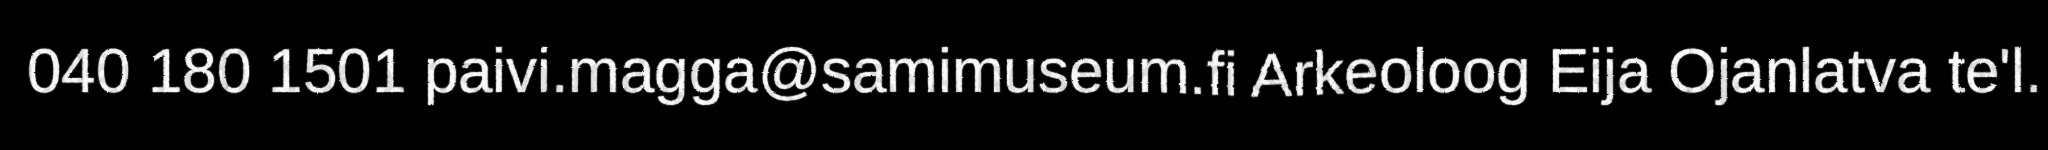
040 180 1501 paivi.magga@samimuseum.fi Arkeoloog Eija Ojanlatva te'l.